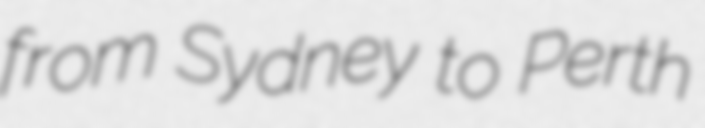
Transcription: from Sydney to Perth